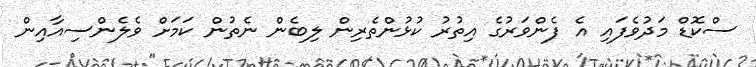
ސްކޮޑް މަދުވެފައި އެ ފެންވަރުގެ އިތުރު ކުޅުންތެރިން ލިބެން ނެތުން ކަމަށް ވެލެންސިއާއިން